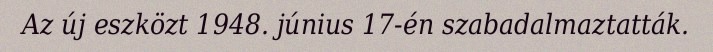
Az új eszközt 1948. június 17-én szabadalmaztatták.